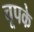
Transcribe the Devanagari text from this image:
चूपके